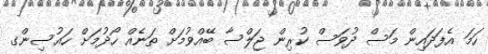
ހަމަ އެފަދައިން މަސް ދުވަސް ކުރިން ޖަލްސާ ބޭއްވުމަށް ތަނެއް ހޯދުމަށް ހައުސިންގ